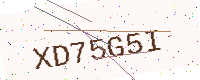
Text: XD75G5I